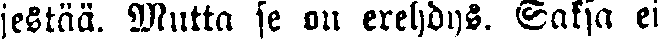
jestää. Mutta se on erehdys. Saksa ei